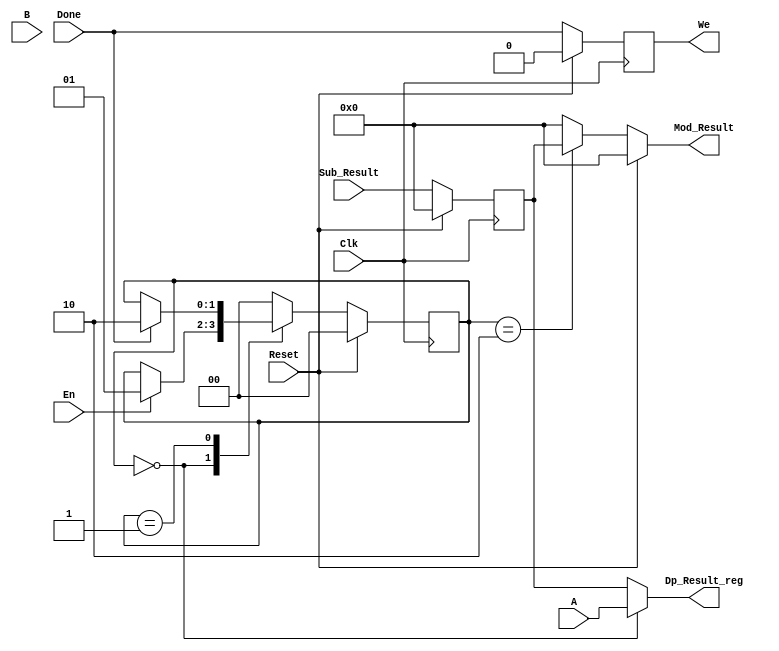
module mod_cu(input Clk,
              input Reset,
              input En,
              input  [31:0] A,
              input  [31:0] B,
              input  [31:0] Sub_Result,
              input  [0:0]        Done,
              output [31:0] Dp_Result_reg,
              output reg [31:0] Mod_Result,
              output reg We);

localparam WaitEn = 2'b00;
localparam WaitDone = 2'b01;
localparam RegisterOutput = 2'b10;

reg [1:0] state;
reg [1:0] next_state;
reg [31:0] dp_result_reg;

assign Dp_Result_reg = state == WaitEn ? A : dp_result_reg;

// Registers
always @(posedge Clk) begin
    if (Reset) begin
        state <= WaitEn;
        dp_result_reg <= 0;
        We <= 0;
    end
    else begin
        state <= next_state;
        dp_result_reg <= Sub_Result;
        We <= Done; // align with Mod_Result
    end
end

// State logic
always @(*) begin
    if (Reset) begin
        next_state = WaitEn;
        Mod_Result = 0;
    end
    else begin
        // default value assignment
        next_state = state;
        Mod_Result = 0;

        case (state)
            WaitEn: 
                if (En) begin
                    next_state = WaitDone;
                end
            WaitDone: 
                if (Done == 1) begin
                    next_state = RegisterOutput;
                end
            RegisterOutput: begin
                Mod_Result = dp_result_reg;
                next_state = WaitEn;
            end
            default: next_state = WaitEn;
        endcase
        
    end
end

endmodule